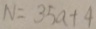
N = 3 5 a + 4